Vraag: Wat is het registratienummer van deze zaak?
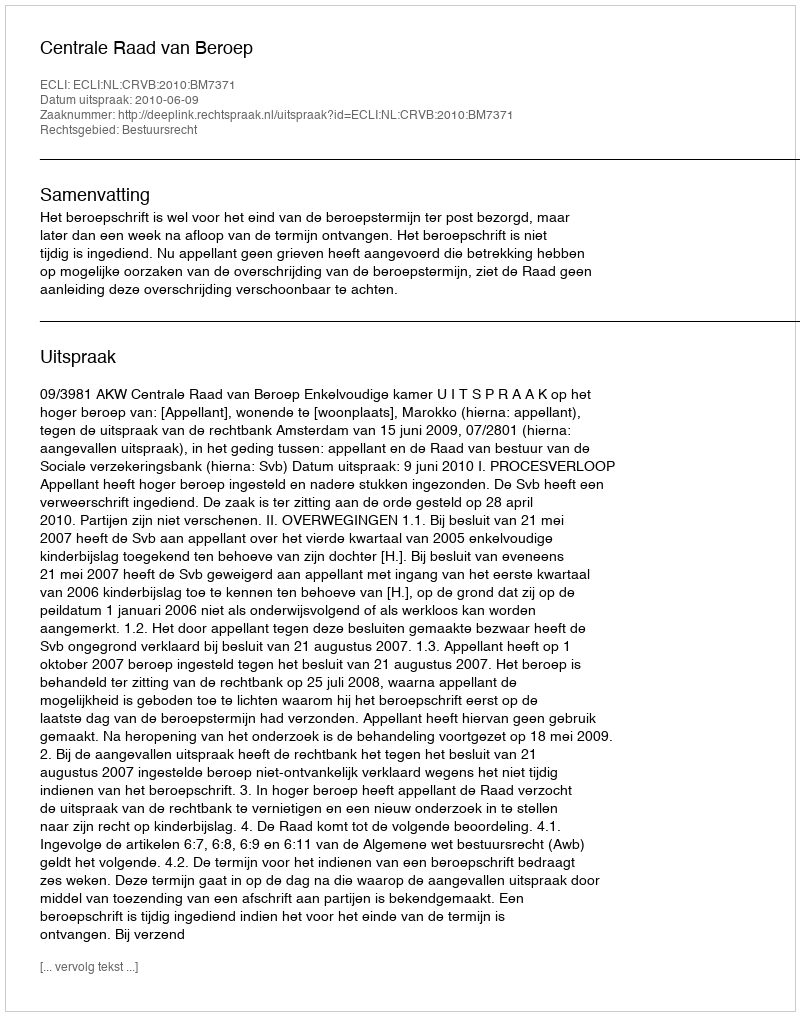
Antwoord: http://deeplink.rechtspraak.nl/uitspraak?id=ECLI:NL:CRVB:2010:BM7371